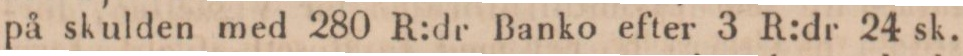
på skulden med 280 R:dr Banko efter 3 R:dr 24 sk.